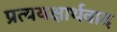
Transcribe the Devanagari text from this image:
प्रत्ययक्षार्थवाद